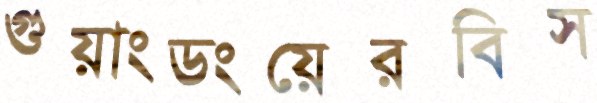
গুয়াংডংয়েরবিস